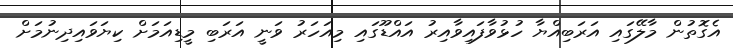
އެގޮތުން މާލޭގައި އަރަބިއްޔާ ހުޅުވާފައިވާއިރު އައްޑޫގައި މިއަހަރު ވަނީ އަރަބި މީޑިއަމަށް ކިޔަވައިދިނުމަށް